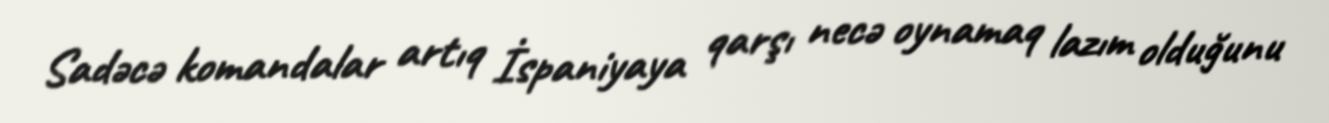
Sadəcə komandalar artıq İspaniyaya qarşı necə oynamaq lazım olduğunu